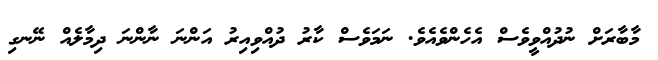
މާބާރަށް ނުދުއްވީވެސް އެހެންވެއެވެ. ނަމަވެސް ކާރު ދުއްވިއިރު އަންނަ ނާންނަ ދިމާލެއް ނޭނގި